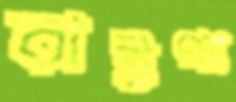
রাইগ্যা